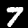
Label: 7